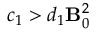
c _ { 1 } > d _ { 1 } { \bf B } _ { 0 } ^ { 2 }